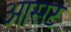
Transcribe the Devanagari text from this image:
आसट